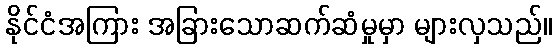
နိုင်ငံအကြား အခြားသောဆက်ဆံမှုမှာ များလှသည်။